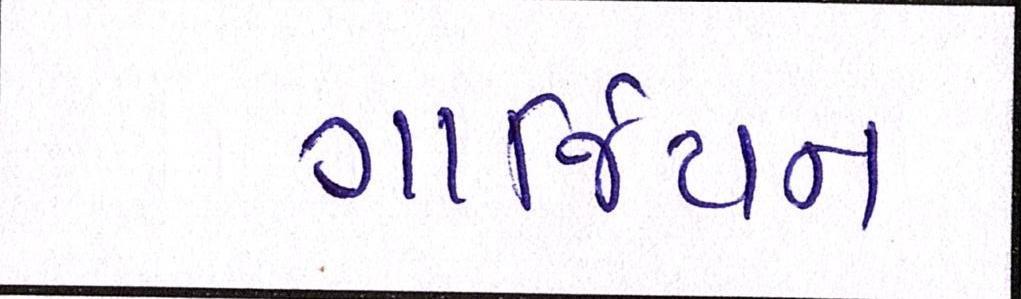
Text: ગાર્જિયન